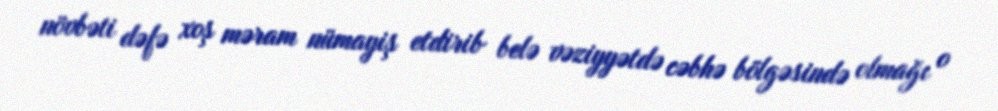
növbəti dəfə xoş məram nümayiş etdirib belə vəziyyətdə cəbhə bölgəsində olmağı o